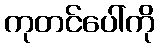
ကုတင်ပေါ်ကို